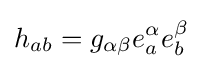
h_{ab}=g_{\alpha \beta }e_{a}^{\alpha }e_{b}^{\beta }